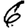
Digit: 6